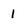
Character: 1